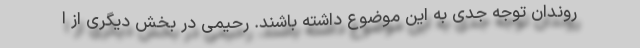
روندان توجه جدی به این موضوع داشته باشند. رحیمی در بخش دیگری از ا